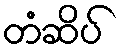
တံဆိပ်